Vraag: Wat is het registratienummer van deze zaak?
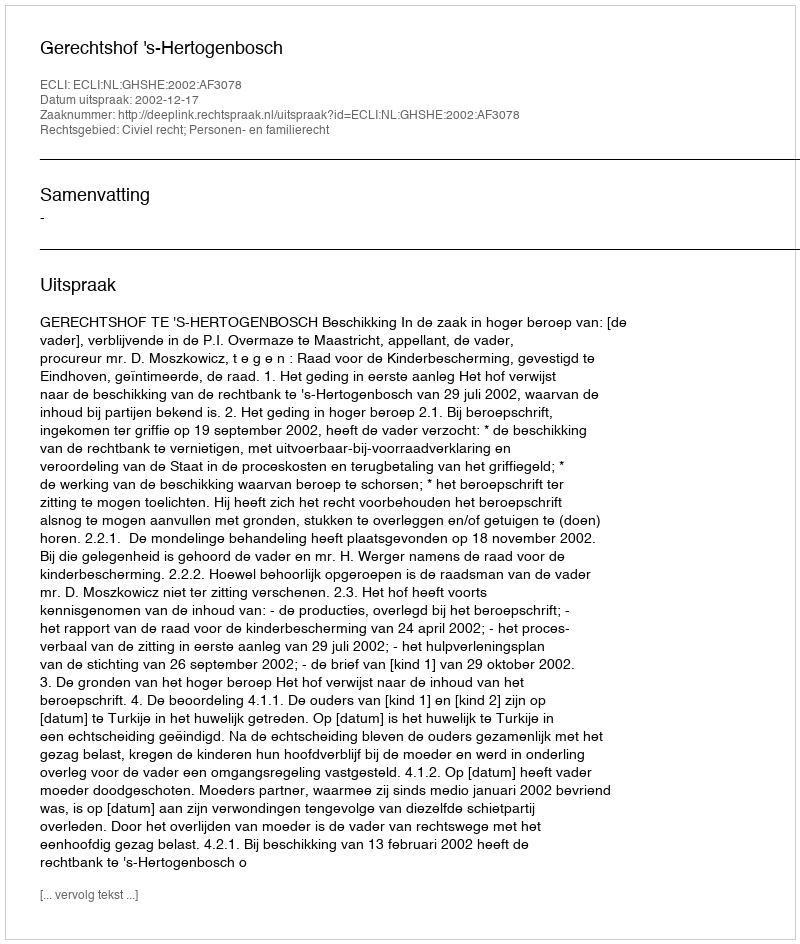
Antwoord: http://deeplink.rechtspraak.nl/uitspraak?id=ECLI:NL:GHSHE:2002:AF3078